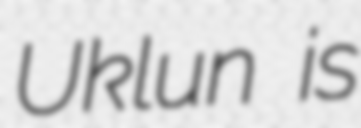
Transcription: Uklun  is